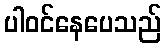
ပါဝင်နေပေသည်